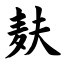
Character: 麸